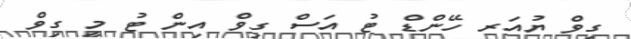
ގިވް ޔުއަރ ހޭންޑް ޓު އަސް ގިވް އިން ޓު މީ ގިވް